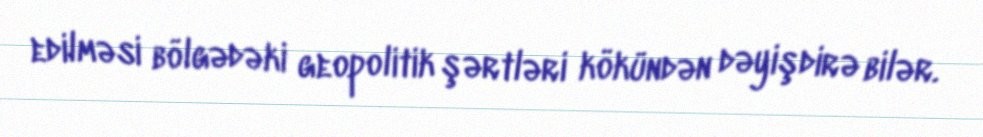
edilməsi bölgədəki geopolitik şərtləri kökündən dəyişdirə bilər.